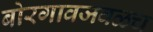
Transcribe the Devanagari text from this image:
बोरगावजवळच